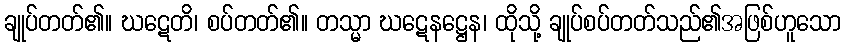
ချုပ်တတ်၏။ ဃဋေတိ၊ စပ်တတ်၏။ တသ္မာ ဃဋေနဋ္ဌေန၊ ထိုသို့ ချုပ်စပ်တတ်သည်၏အဖြစ်ဟူသော